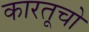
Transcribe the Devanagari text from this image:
कारतूचो